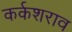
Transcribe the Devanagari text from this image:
कर्कशराव